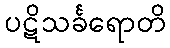
ပဋိသင်္ခရောတိ